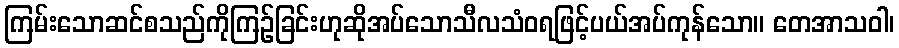
ကြမ်းသောဆင်စသည်ကိုကြဉ်ခြင်းဟုဆိုအပ်သောသီလသံဝရဖြင့်ပယ်အပ်ကုန်သော။ တေအာသဝါ၊